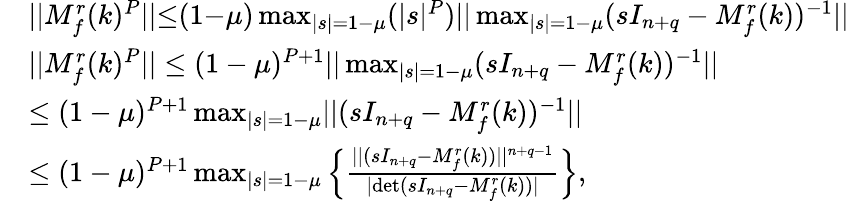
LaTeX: \begin{array}{rl}&{\lvert|M_{f}^{r}(k)^{P}\rvert|{\leq}(1{-}\mu)\operatorname*{max}_{\lvert s\rvert=1{-}\mu}(\lvert s\rvert^{P})\lvert|\operatorname*{max}_{\lvert s\rvert=1{-}\mu}(sI_{n+q}-M_{f}^{r}(k))^{{-}1}\rvert|}\\ &{\lvert|M_{f}^{r}(k)^{P}\rvert|\leq(1-\mu)^{P+1}\lvert|\operatorname*{max}_{\lvert s\rvert=1-\mu}(sI_{n+q}-M_{f}^{r}(k))^{-1}\rvert|}\\ &{\leq(1-\mu)^{P+1}\operatorname*{max}_{\lvert s\rvert=1-\mu}\lvert|(sI_{n+q}-M_{f}^{r}(k))^{-1}\rvert|}\\ &{\leq(1-\mu)^{P+1}\operatorname*{max}_{\lvert s\rvert=1-\mu}\Big\{ \frac{\lvert|(sI_{n+q}-M_{f}^{r}(k))\rvert|^{n+q-1}}{\lvert\mathrm{det}(sI_{n+q}-M_{f}^{r}(k))\rvert}\Big\} ,}\end{array}